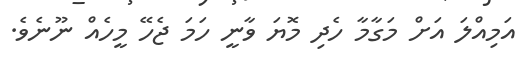
އަމިއްލަ އަށް މަގާމާ ހެދި މޮޔަ ވާނީ ހަމަ ޖެހޭ މީހެއް ނޫނެވެ.